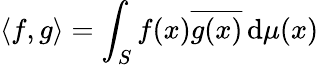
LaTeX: \langle f,g\rangle=\int_{S}f(x){\overline{{g(x)}}}\, \mathrm{d}\mu(x)